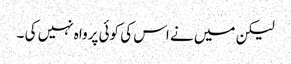
لیکن میں نے اس کی کوئی پرواہ نہیں کی ۔